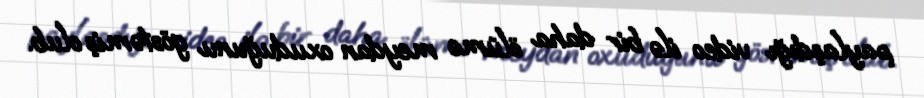
paylaşdığı video ilə bir daha ölümə meydan oxuduğunu göstəmiş olub.